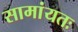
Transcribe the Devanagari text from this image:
सामांयतः